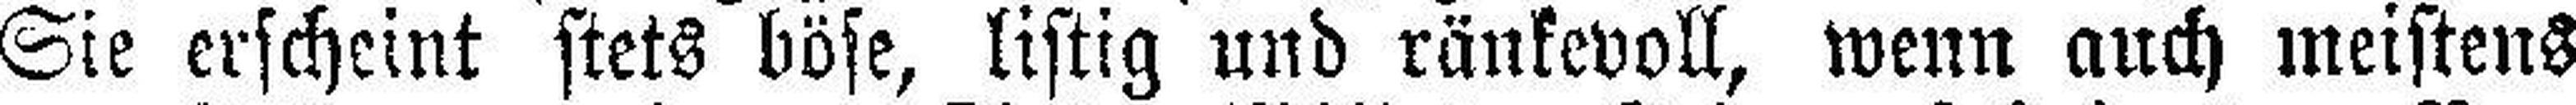
Sie erscheint stets böse, listig und ränkevoll, wenn auch meistens